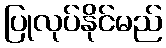
ပြုလုပ်နိုင်မည်